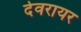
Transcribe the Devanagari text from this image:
देवरायर